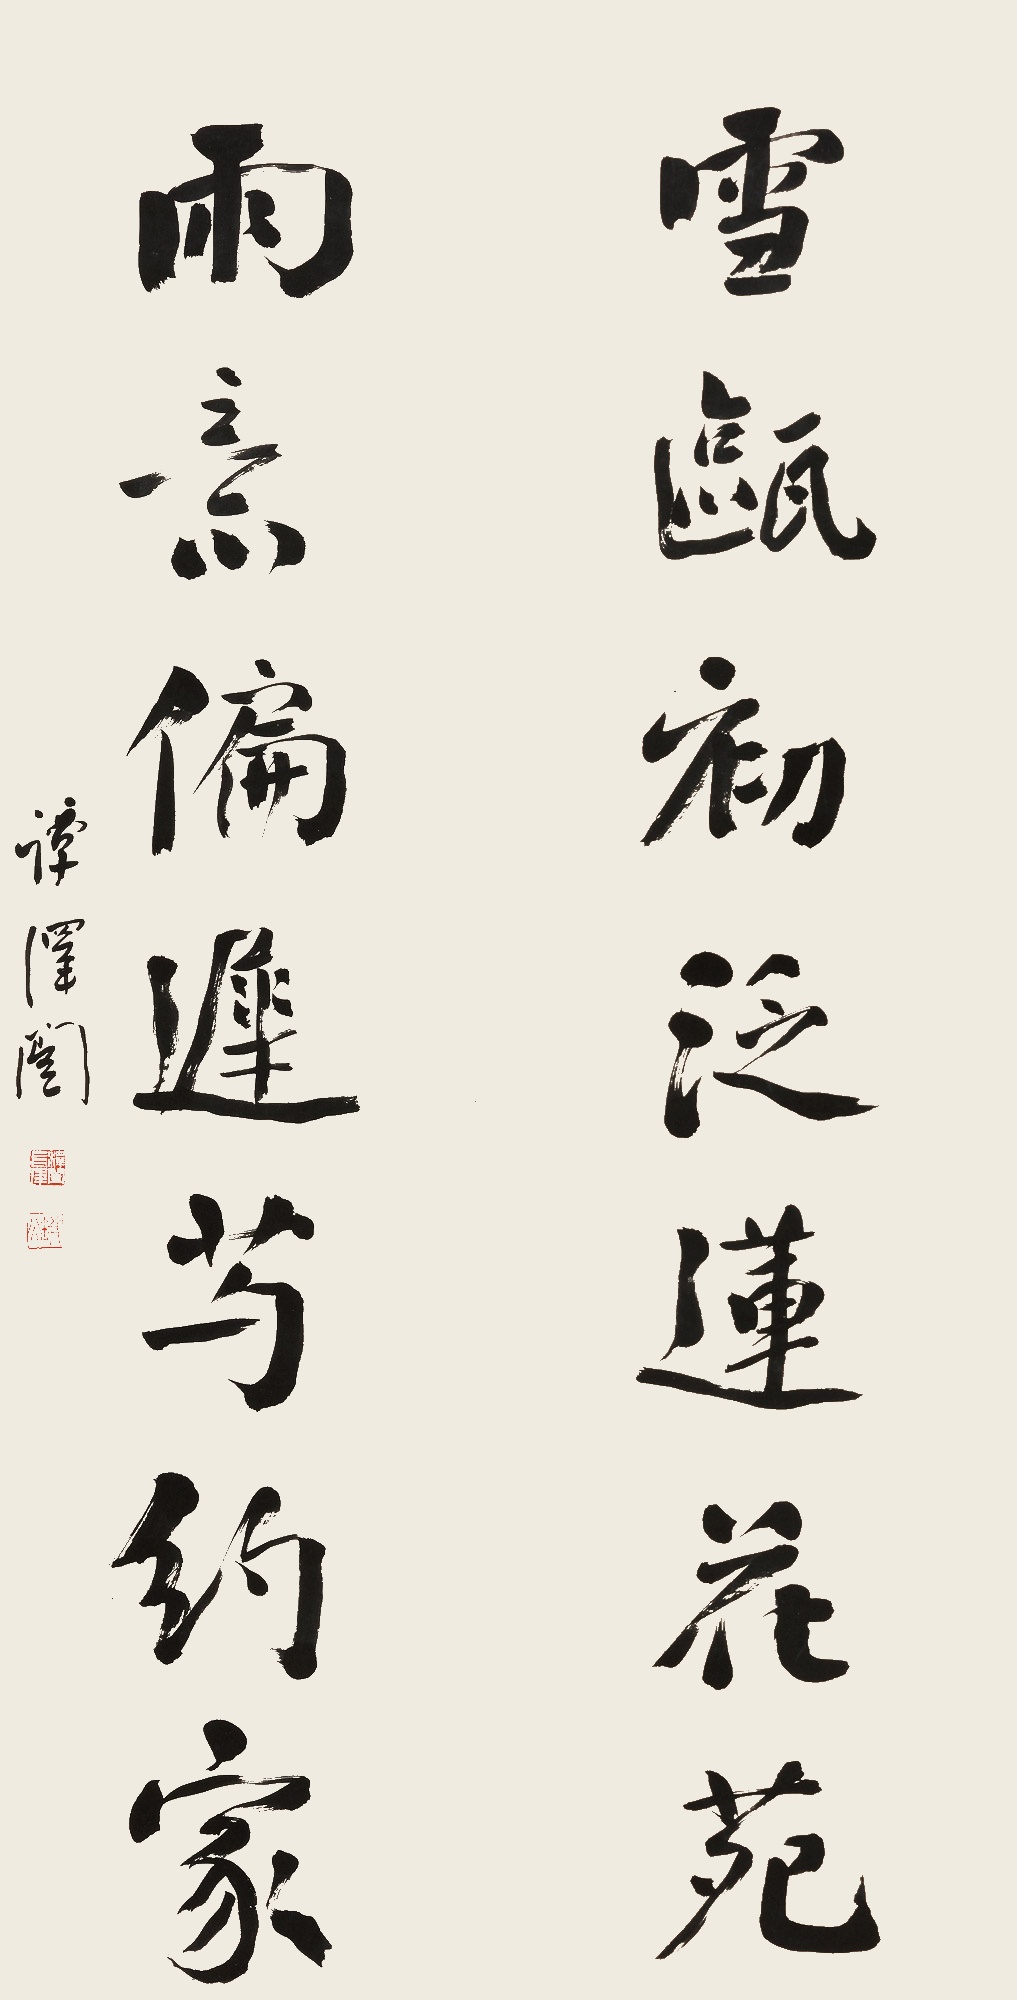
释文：雪瓯初泛莲花苑，雨意偏迟芍约家。谭泽闿。